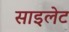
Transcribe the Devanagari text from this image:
साइलेट